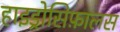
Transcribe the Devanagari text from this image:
हाइड्रोसिफ़ालस